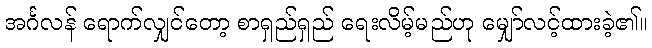
အင်္ဂလန် ရောက်လျှင်တော့ စာရှည်ရှည် ရေးလိမ့်မည်ဟု မျှော်လင့်ထားခဲ့၏။